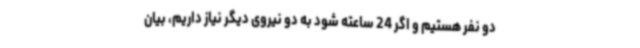
دو نفر هستیم و اگر 24 ساعته شود به دو نیروی دیگر نیاز داریم، بیان